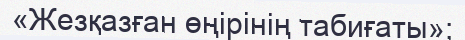
«Жезқазған өңірінің табиғаты»;